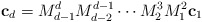
\begin{align*}\mathbf{c}_d = M_{d-1}^d M_{d-2}^{d-1} \cdots M_2^3 M_1^2 \mathbf{c}_1\end{align*}